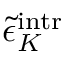
\tilde { \epsilon } _ { K } ^ { \mathrm { i n t r } }